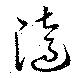
隨